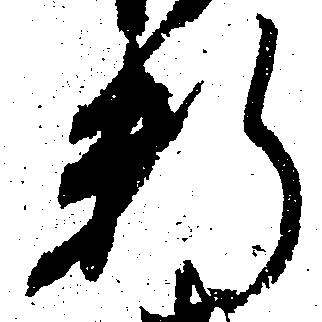
料